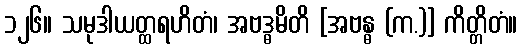
၁၂၆။ သမုဒါယတ္ထရဟိတံ၊ အဗဒ္ဓမိတိ [အဗန္ဓ (က.)] ကိတ္တိတံ။